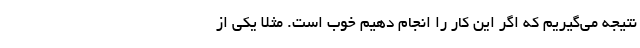
نتیجه می‌گیریم که اگر این کار را انجام دهیم خوب است. مثلاً یکی از